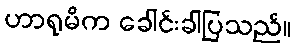
ဟာရုမိက ခေါင်းခါပြသည်။